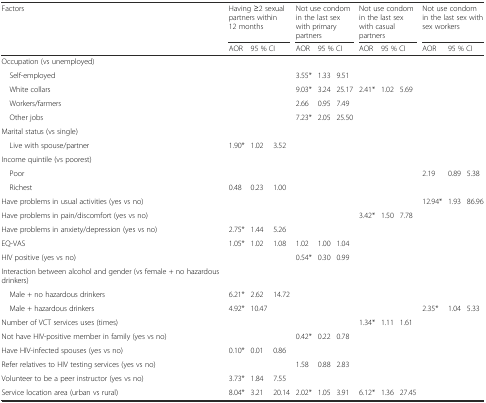
<table><thead><tr><td rowspan="2"><b>Factors</b></td><td colspan="3"><b>Having ≥2 sexual partners within 12 months</b></td><td colspan="3"><b>Not use condom in the last sex with primary partners</b></td><td colspan="3"><b>Not use condom in the last sex with casual partners</b></td><td colspan="3"><b>Not use condom in the last sex with sex workers</b></td></tr><tr><td><b>AOR</b></td><td colspan="2"><b>95 % CI</b></td><td><b>AOR</b></td><td colspan="2"><b>95 % CI</b></td><td><b>AOR</b></td><td colspan="2"><b>95 % CI</b></td><td><b>AOR</b></td><td colspan="2"><b>95 % CI</b></td></tr></thead><tbody><tr><td>Occupation (vs unemployed)</td><td></td><td></td><td></td><td></td><td></td><td></td><td></td><td></td><td></td><td></td><td></td><td></td></tr><tr><td> Self-employed</td><td></td><td></td><td></td><td>3.55*</td><td>1.33</td><td>9.51</td><td></td><td></td><td></td><td></td><td></td><td></td></tr><tr><td> White collars</td><td></td><td></td><td></td><td>9.03*</td><td>3.24</td><td>25.17</td><td>2.41*</td><td>1.02</td><td>5.69</td><td></td><td></td><td></td></tr><tr><td> Workers/farmers</td><td></td><td></td><td></td><td>2.66</td><td>0.95</td><td>7.49</td><td></td><td></td><td></td><td></td><td></td><td></td></tr><tr><td> Other jobs</td><td></td><td></td><td></td><td>7.23*</td><td>2.05</td><td>25.50</td><td></td><td></td><td></td><td></td><td></td><td></td></tr><tr><td>Marital status (vs single)</td><td></td><td></td><td></td><td></td><td></td><td></td><td></td><td></td><td></td><td></td><td></td><td></td></tr><tr><td> Live with spouse/partner</td><td>1.90*</td><td>1.02</td><td>3.52</td><td></td><td></td><td></td><td></td><td></td><td></td><td></td><td></td><td></td></tr><tr><td>Income quintile (vs poorest)</td><td></td><td></td><td></td><td></td><td></td><td></td><td></td><td></td><td></td><td></td><td></td><td></td></tr><tr><td> Poor</td><td></td><td></td><td></td><td></td><td></td><td></td><td></td><td></td><td></td><td>2.19</td><td>0.89</td><td>5.38</td></tr><tr><td> Richest</td><td>0.48</td><td>0.23</td><td>1.00</td><td></td><td></td><td></td><td></td><td></td><td></td><td></td><td></td><td></td></tr><tr><td>Have problems in usual activities (yes vs no)</td><td></td><td></td><td></td><td></td><td></td><td></td><td></td><td></td><td></td><td>12.94*</td><td>1.93</td><td>86.96</td></tr><tr><td>Have problems in pain/discomfort (yes vs no)</td><td></td><td></td><td></td><td></td><td></td><td></td><td>3.42*</td><td>1.50</td><td>7.78</td><td></td><td></td><td></td></tr><tr><td>Have problems in anxiety/depression (yes vs no)</td><td>2.75*</td><td>1.44</td><td>5.26</td><td></td><td></td><td></td><td></td><td></td><td></td><td></td><td></td><td></td></tr><tr><td>EQ-VAS</td><td>1.05*</td><td>1.02</td><td>1.08</td><td>1.02</td><td>1.00</td><td>1.04</td><td></td><td></td><td></td><td></td><td></td><td></td></tr><tr><td>HIV positive (yes vs no)</td><td></td><td></td><td></td><td>0.54*</td><td>0.30</td><td>0.99</td><td></td><td></td><td></td><td></td><td></td><td></td></tr><tr><td>Interaction between alcohol and gender (vs female + no hazardous drinkers)</td><td></td><td></td><td></td><td></td><td></td><td></td><td></td><td></td><td></td><td></td><td></td><td></td></tr><tr><td> Male + no hazardous drinkers</td><td>6.21*</td><td>2.62</td><td>14.72</td><td></td><td></td><td></td><td></td><td></td><td></td><td></td><td></td><td></td></tr><tr><td> Male + hazardous drinkers</td><td>4.92*</td><td>10.47</td><td></td><td></td><td></td><td></td><td></td><td></td><td></td><td>2.35*</td><td>1.04</td><td>5.33</td></tr><tr><td>Number of VCT services uses (times)</td><td></td><td></td><td></td><td></td><td></td><td></td><td>1.34*</td><td>1.11</td><td>1.61</td><td></td><td></td><td></td></tr><tr><td>Not have HIV-positive member in family (yes vs no)</td><td></td><td></td><td></td><td>0.42*</td><td>0.22</td><td>0.78</td><td></td><td></td><td></td><td></td><td></td><td></td></tr><tr><td>Have HIV-infected spouses (yes vs no)</td><td>0.10*</td><td>0.01</td><td>0.86</td><td></td><td></td><td></td><td></td><td></td><td></td><td></td><td></td><td></td></tr><tr><td>Refer relatives to HIV testing services (yes vs no)</td><td></td><td></td><td></td><td>1.58</td><td>0.88</td><td>2.83</td><td></td><td></td><td></td><td></td><td></td><td></td></tr><tr><td>Volunteer to be a peer instructor (yes vs no)</td><td>3.73*</td><td>1.84</td><td>7.55</td><td></td><td></td><td></td><td></td><td></td><td></td><td></td><td></td><td></td></tr><tr><td>Service location area (urban vs rural)</td><td>8.04*</td><td>3.21</td><td>20.14</td><td>2.02*</td><td>1.05</td><td>3.91</td><td>6.12*</td><td>1.36</td><td>27.45</td><td></td><td></td><td></td></tr></tbody></table>